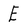
Character: E